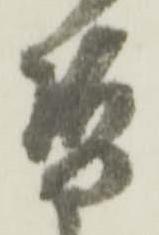
替